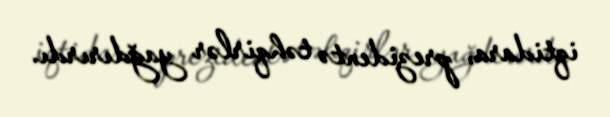
iqtidara, prezidentə təhqirlər yağdırırdı.